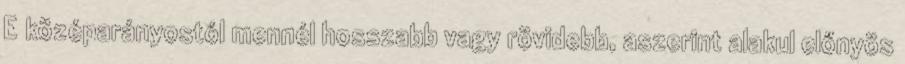
E középarányostól mennél hosszabb vagy rövidebb, aszerint alakul előnyös